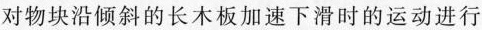
对物块沿倾斜的长木板加速下滑时的运动进行